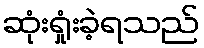
ဆုံးရှုံးခဲ့ရသည်